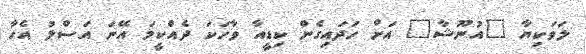
ލަވަކިޔާ "އުނޫޝާ" އަށް ހަދައިގެން ކިޑީއާ ވާހަކަ ދެއްކީމަ އޭނަ އަސްލު އެހާ